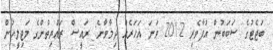
ބަޖެޓުގެ ސަބަބުން އުފާވެރި 2012 ވަނަ އަހަރެއް ދިމާވާނެ: ރައީސް ރައްޔިތުންގެ މަޖިލީހުން